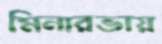
মিনারভায়